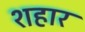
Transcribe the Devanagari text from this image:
शहार